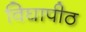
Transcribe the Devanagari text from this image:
विघापीठ